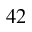
^ { 4 2 }